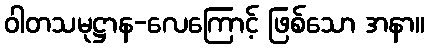
ဝါတသမုဋ္ဌာန-လေကြောင့် ဖြစ်သော အနာ။